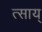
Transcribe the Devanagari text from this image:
त्साय्